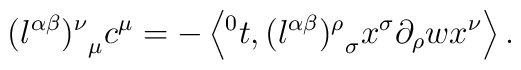
{(l^{\alpha \beta})^{\nu}}_{\mu} c^{\mu} = -\left\langle {^0t}, {(l^{\alpha \beta})^{\rho}}_{\sigma} x^{\sigma} \partial_{\rho} wx^{\nu}\right\rangle.